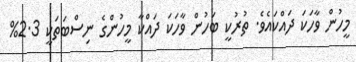
މީހުން ވާހަކަ ދައްކައެވެ. ތުރުކީ ބަހުން ވާހަކަ ދައްކާ މީހުންގެ ނިސްބަތަކީ 2.3%